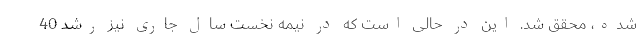
شده، محقق شد. این در حالی است که در نیمه نخست سال جاری نیز رشد 40